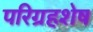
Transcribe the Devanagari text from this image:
परिग्रहशेष